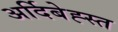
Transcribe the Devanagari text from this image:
अर्दिबेह्स्त